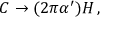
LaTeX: C \rightarrow ( 2 \pi \alpha ^ { \prime } ) { \cal H } \, ,